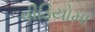
વીડિયોમા